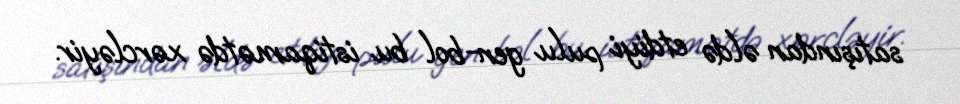
satışından əldə etdiyi pulu gen-bol bu istiqamətdə xərcləyir.